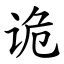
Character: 诡